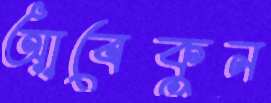
আবেকুন